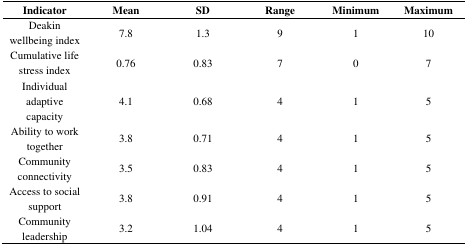
<table><thead><tr><td><b>Indicator</b></td><td><b>Mean</b></td><td><b>SD</b></td><td><b>Range</b></td><td><b>Minimum</b></td><td><b>Maximum</b></td></tr></thead><tbody><tr><td>Deakin wellbeing index</td><td>7.8</td><td>1.3</td><td>9</td><td>1</td><td>10</td></tr><tr><td>Cumulative life stress index</td><td>0.76</td><td>0.83</td><td>7</td><td>0</td><td>7</td></tr><tr><td>Individual adaptive capacity</td><td>4.1</td><td>0.68</td><td>4</td><td>1</td><td>5</td></tr><tr><td>Ability to work together</td><td>3.8</td><td>0.71</td><td>4</td><td>1</td><td>5</td></tr><tr><td>Community connectivity</td><td>3.5</td><td>0.83</td><td>4</td><td>1</td><td>5</td></tr><tr><td>Access to social support</td><td>3.8</td><td>0.91</td><td>4</td><td>1</td><td>5</td></tr><tr><td>Community leadership</td><td>3.2</td><td>1.04</td><td>4</td><td>1</td><td>5</td></tr></tbody></table>